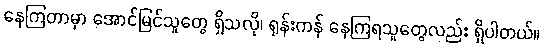
နေကြတာမှာ အောင်မြင်သူတွေ ရှိသလို၊ ရုန်းကန် နေကြရသူတွေလည်း ရှိပါတယ်။